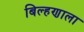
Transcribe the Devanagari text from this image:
बिल्हणाला